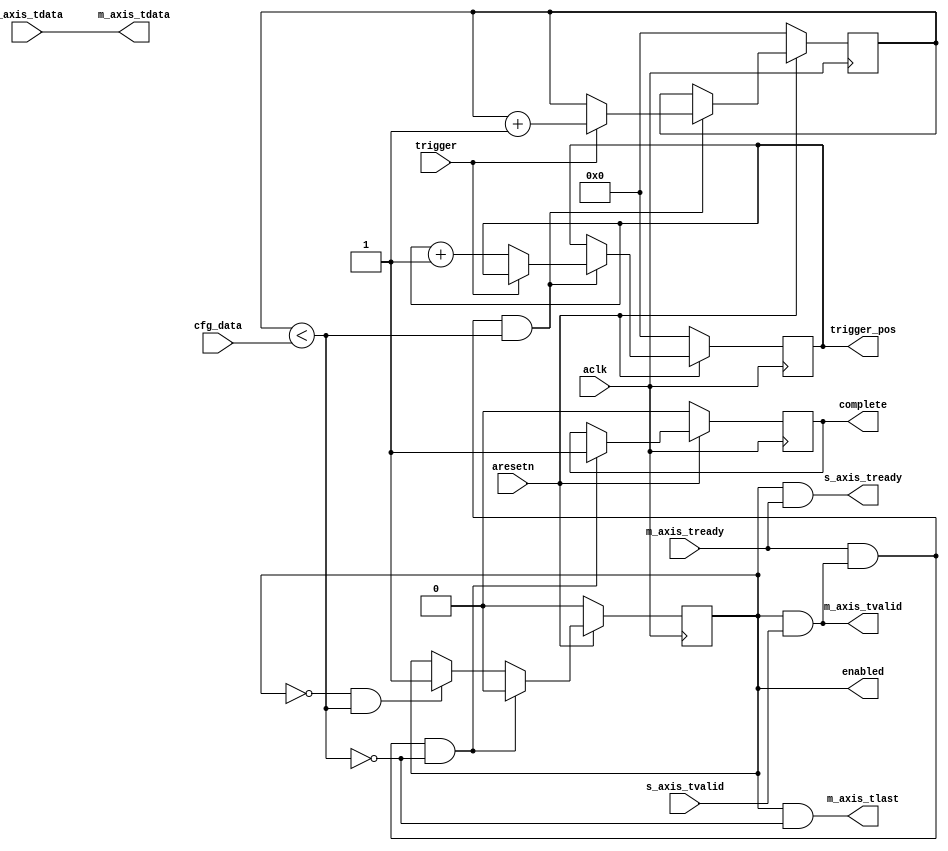
module axis_circular_packetizer_1 #
(
  parameter integer AXIS_TDATA_WIDTH = 32,
  parameter integer CNTR_WIDTH = 32,
  parameter         CONTINUOUS = "FALSE",
  parameter         NON_BLOCKING = "FALSE"
)
(
  input  wire                        aclk,
  input  wire                        aresetn,
  input  wire [CNTR_WIDTH-1:0]       cfg_data,
  output wire [CNTR_WIDTH-1:0]       trigger_pos,
  input  wire                        trigger,
  output wire                        enabled,
  output wire                        complete,
  output wire                        s_axis_tready,
  input  wire [AXIS_TDATA_WIDTH-1:0] s_axis_tdata,
  input  wire                        s_axis_tvalid,
  input  wire                        m_axis_tready,
  output wire [AXIS_TDATA_WIDTH-1:0] m_axis_tdata,
  output wire                        m_axis_tvalid,
  output wire                        m_axis_tlast
);
  reg [CNTR_WIDTH-1:0] int_cntr_reg, int_cntr_next, int_trigger_pos, int_trigger_pos_next;
  reg int_enbl_reg, int_enbl_next;
  reg int_complete_reg, int_complete_next;
  wire int_comp_wire, int_tvalid_wire, int_tlast_wire;
  always @(posedge aclk)
  begin
    if(~aresetn)
    begin
      int_cntr_reg <= {(CNTR_WIDTH){1'b0}};
      int_trigger_pos <= {(CNTR_WIDTH){1'b0}};
      int_enbl_reg <= 1'b0;
      int_complete_reg <= 1'b0;
    end
    else
    begin
      int_cntr_reg <= int_cntr_next;
      int_trigger_pos <= int_trigger_pos_next;
      int_enbl_reg <= int_enbl_next;
      int_complete_reg <= int_complete_next;
    end
  end
  assign int_comp_wire = int_cntr_reg < cfg_data;
  assign int_tvalid_wire = int_enbl_reg & s_axis_tvalid;
  assign int_tlast_wire = ~int_comp_wire;
  generate
    if(CONTINUOUS == "TRUE")
    begin : CONTINUOUS_LABEL
      always @*
        begin
          int_cntr_next = int_cntr_reg;
          int_enbl_next = int_enbl_reg;
          int_complete_next = int_complete_reg;
          int_trigger_pos_next = int_trigger_pos;
          if(~int_enbl_reg & int_comp_wire)
            begin
              int_enbl_next = 1'b1;
            end
          if(m_axis_tready & int_tvalid_wire & int_comp_wire)
            begin
              int_cntr_next = int_cntr_reg + 1'b1;
            end
          if(m_axis_tready & int_tvalid_wire & int_tlast_wire)
            begin
              int_cntr_next = {(CNTR_WIDTH){1'b0}};
            end
        end
      end
    else
      begin : STOP
        always @*
          begin
            int_cntr_next = int_cntr_reg;
            int_trigger_pos_next = int_trigger_pos;
            int_enbl_next = int_enbl_reg;
            int_complete_next = int_complete_reg;
            if(~int_enbl_reg & int_comp_wire)
              begin
                int_enbl_next = 1'b1;
              end
            if(m_axis_tready & int_tvalid_wire & int_comp_wire)
              begin
                if(trigger)
                  int_cntr_next = int_cntr_reg + 1'b1;
                else
                  int_trigger_pos_next = int_trigger_pos + 1'b1;
              end
            if(m_axis_tready & int_tvalid_wire & int_tlast_wire)
              begin
                int_enbl_next = 1'b0;
                int_complete_next = 1'b1;
              end
         end
       end
  endgenerate
  if(NON_BLOCKING == "TRUE")  
    assign s_axis_tready = ~int_enbl_reg | m_axis_tready;
  else 
    assign s_axis_tready = int_enbl_reg & m_axis_tready;
  assign m_axis_tdata = s_axis_tdata;
  assign m_axis_tvalid = int_tvalid_wire;
  assign m_axis_tlast = int_enbl_reg & int_tlast_wire;
  assign trigger_pos = int_trigger_pos;
  assign enabled = int_enbl_reg;
  assign complete = int_complete_reg;
endmodule